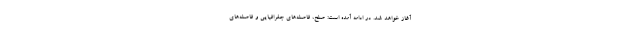
آغاز خواهد شد. در ادامه آمده است: صلح، فاصله‌های جغرافیایی و فاصله‌های